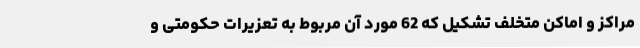
مراکز و اماکن متخلف تشکیل که 62 مورد آن مربوط به تعزیرات حکومتی و